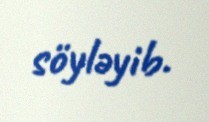
söyləyib.